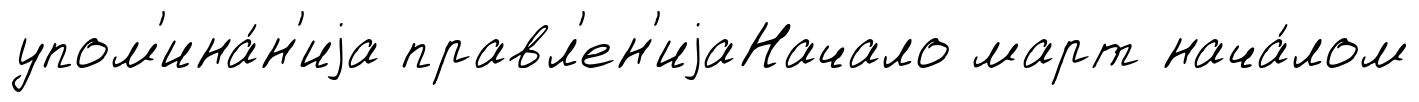
упом'ина́н'иjа правл'ен'иjаНачало март нача́лом